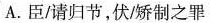
A.臣/请归节，伏/矫制之罪